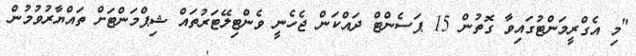
"މި އެގްރީމަންްޓުގައިވާ ގޮތުން 15 ޕަސެންޓް ދައްކަން ޖެހެނީ ވެންޓިލޭޓަރުތައް ޝިޕްމަންޓަށް ތައްޔާރުވުމުން